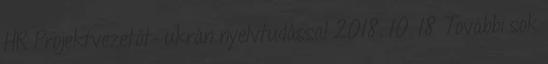
HR Projektvezetőt- ukrán nyelvtudással 2018. 10. 18 További sok